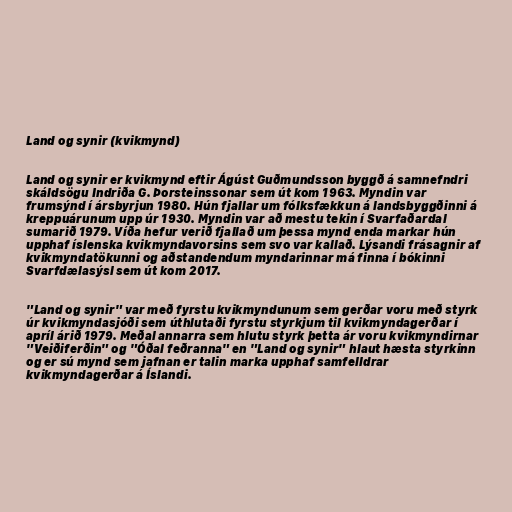
Land og synir (kvikmynd)

Land og synir er kvikmynd eftir Ágúst Guðmundsson byggð á samnefndri
skáldsögu Indriða G. Þorsteinssonar sem út kom 1963. Myndin var
frumsýnd í ársbyrjun 1980. Hún fjallar um fólksfækkun á landsbyggðinni á
kreppuárunum upp úr 1930. Myndin var að mestu tekin í Svarfaðardal
sumarið 1979. Víða hefur verið fjallað um þessa mynd enda markar hún
upphaf íslenska kvikmyndavorsins sem svo var kallað. Lýsandi frásagnir af
kvikmyndatökunni og aðstandendum myndarinnar má finna í bókinni
Svarfdælasýsl sem út kom 2017.

"Land og synir" var með fyrstu kvikmyndunum sem gerðar voru með styrk
úr kvikmyndasjóði sem úthlutaði fyrstu styrkjum til kvikmyndagerðar í
apríl árið 1979. Meðal annarra sem hlutu styrk þetta ár voru kvikmyndirnar
"Veiðiferðin" og "Óðal feðranna" en "Land og synir" hlaut hæsta styrkinn
og er sú mynd sem jafnan er talin marka upphaf samfelldrar
kvikmyndagerðar á Íslandi.